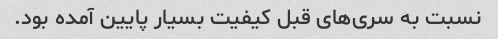
نسبت به سری‌های قبل کیفیت بسیار پایین آمده بود.